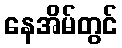
နေအိမ်တွင်